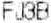
FJ3B